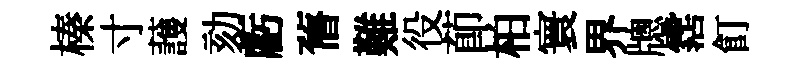
榛寸䕶劾虧𦾔難役莭柏寰界牕霑飣